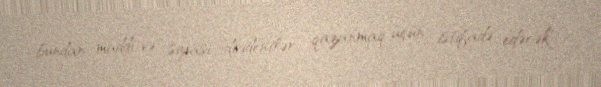
bundan maddi və siyasi dividentlər qazanmaq üçün istifadə edəcək".